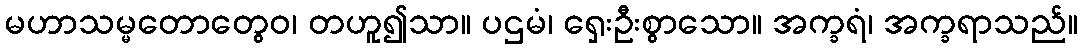
မဟာသမ္မတောတွေဝ၊ တဟူ၍သာ။ ပဌမံ၊ ရှေးဦးစွာသော။ အက္ခရံ၊ အက္ခရာသည်။